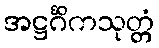
အဋ္ဌင်္ဂိကသုတ္တံ